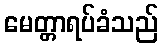
မေတ္တာရပ်ခံသည်